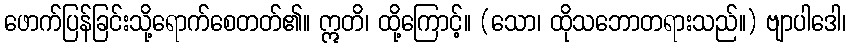
ဖောက်ပြန်ခြင်းသို့ရောက်စေတတ်၏။ ဣတိ၊ ထို့ကြောင့်။ (သော၊ ထိုသဘောတရားသည်။) ဗျာပါဒေါ၊